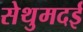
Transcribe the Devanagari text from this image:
सेथुमदई